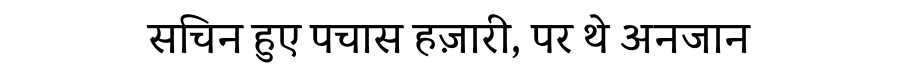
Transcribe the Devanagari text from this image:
सचिन हुए पचास हज़ारी, पर थे अनजान